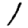
Digit: 1